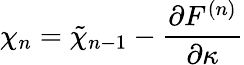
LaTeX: \chi_{n}=\tilde{\chi}_{n-1}-{\frac{\partial F^{(n)}}{\partial\kappa}}